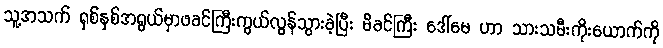
သူ့အသက် ရှစ်နှစ်အရွယ်မှာဖခင်ကြီးကွယ်လွန်သွားခဲ့ပြီး မိခင်ကြီး ဒေါ်မေ ဟာ သားသမီးကိုးယောက်ကို